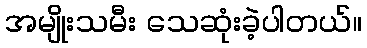
အမျိုးသမီး သေဆုံးခဲ့ပါတယ်။